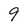
Character: 9